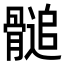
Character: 𩪀